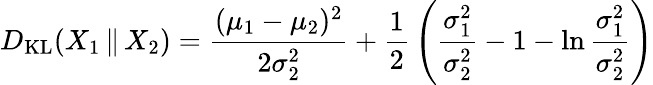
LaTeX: D_{\mathrm{KL}}(X_{1}\, \| \, X_{2})={\frac{(\mu_{1}-\mu_{2})^{2}}{2\sigma_{2}^{2}}}+{\frac{1}{2}}\left({\frac{\sigma_{1}^{2}}{\sigma_{2}^{2}}}-1-\ln{\frac{\sigma_{1}^{2}}{\sigma_{2}^{2}}}\right)